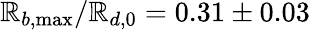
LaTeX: \mathbb{R}_{b,\operatorname*{max}}/\mathbb{R}_{d,0}=0.31\pm0.03